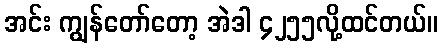
အင်း ကျွန်တော်တော့ အဲဒါ ၄၂၅၅လို့ထင်တယ်။